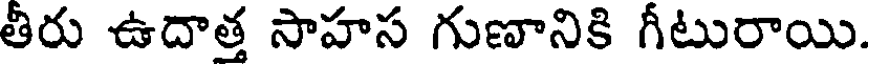
తీరు ఉదాత్త సాహస గుణానికి గీటురాయి.